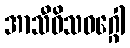
အာသီဝိသဝဂ္ဂေါ